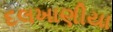
દલખાણીયા